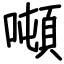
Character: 噸